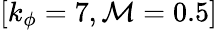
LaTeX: [k_{\phi}=7,\mathcal{M}=0.5]